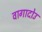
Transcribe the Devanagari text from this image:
वागादोउ